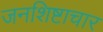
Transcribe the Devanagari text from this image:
जनशिष्टाचार